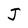
Character: J